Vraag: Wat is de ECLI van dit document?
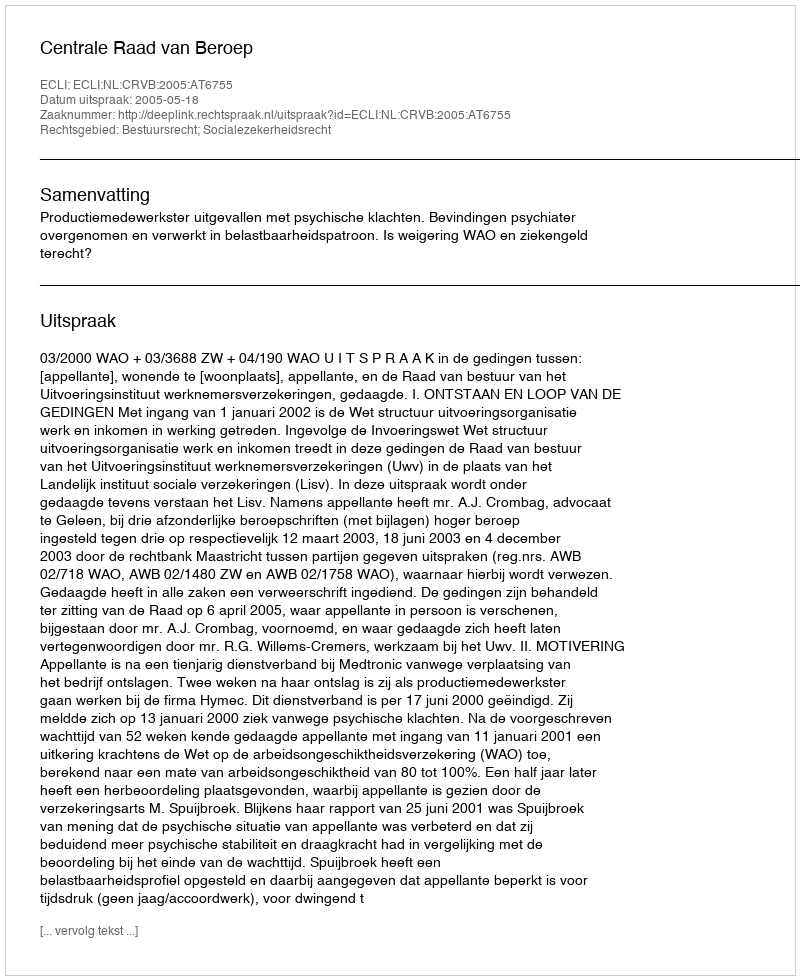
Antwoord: ECLI:NL:CRVB:2005:AT6755